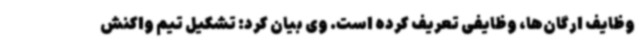
وظایف ارگان‌ها، وظایفی تعریف کرده است. وی بیان کرد: تشکیل تیم واکنش